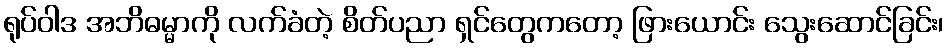
ရုပ်ဝါဒ အဘိဓမ္မာကို လက်ခံတဲ့ စိတ်ပညာ ရှင်တွေကတော့ ဖြားယောင်း သွေးဆောင်ခြင်း၊